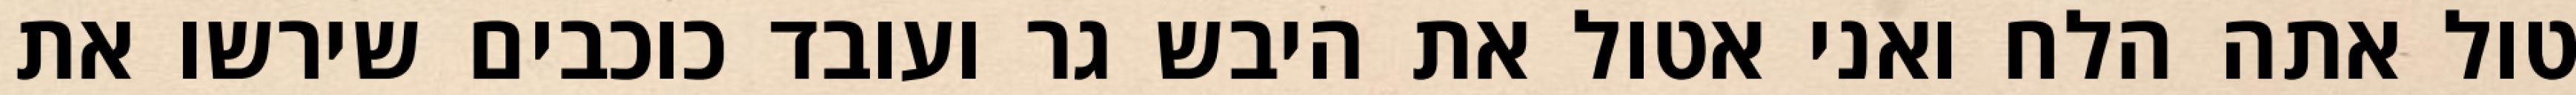
טול אתה הלח ואני אטול את היבש גר ועובד כוכבים שירשו את